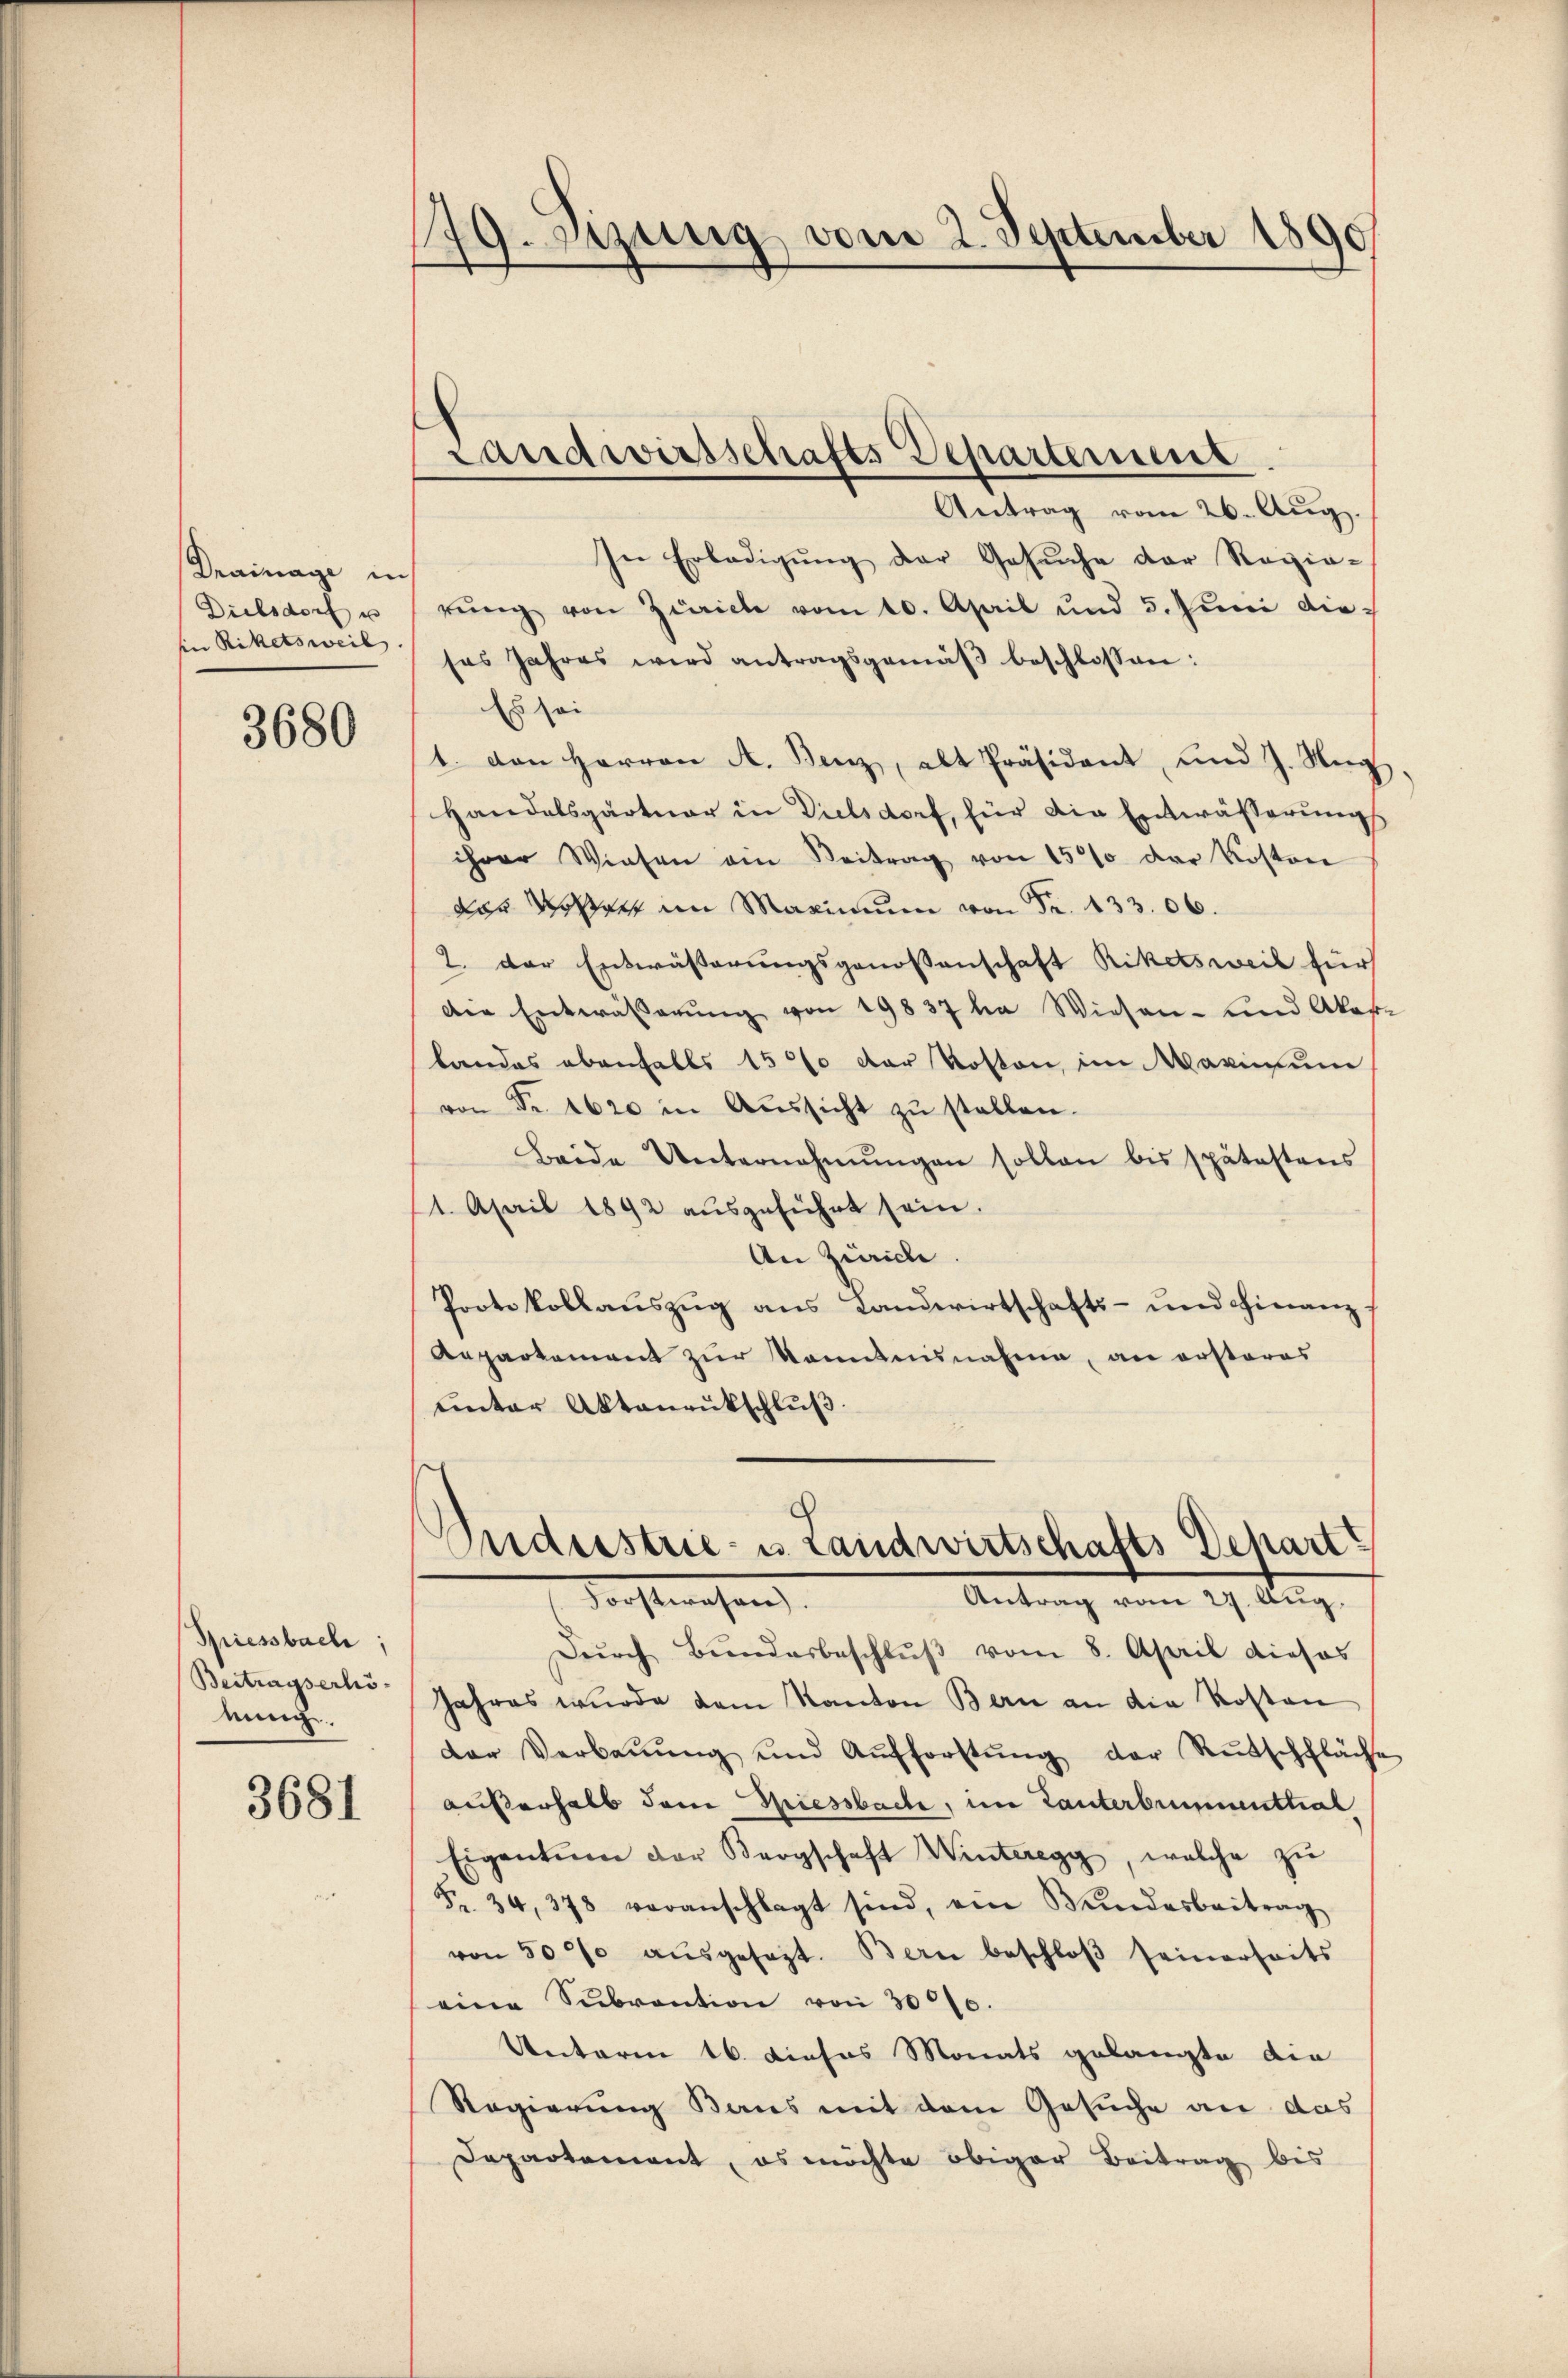
Drainage in
Dielsdorf u
in Riketsweil

3680

Spiessbach;
Beitragserhönung.

3681

79. Dizung vom 2. September 1890
f

Antrag vom 26. Aŭg.
In Erledigung der Gesuche der Regie-
rŭng von Zürich vom 10. April und 5. Jŭni die
sas Jahres wird antragsgemäβ beschlossen:
Es sei
1. von Herren A. Benz, alt Präsident, und J. Weg,
Handelsgärtner in Vielsdorf, für die Entwässerungs
ihrer Wiesen ein Beitrag von 1500 der Kosten
dor Vorrer im Maximum von Fr. 133. 06.
2. Der Entwässerungsgenossenschaft Riketsweil für
der Entwässerŭng von 19837 ha Wiesen- und Akade
landes ebenfalls 15% der Roston, im Maximum
von Fr. 1620 in Aussicht zu stellen.
Beide Unternehmungen sollen bis spätestens
1. April 1892 aŭsgeführt sein.
An Zürich.
Protokollauszug aus Landwirtschafts- und Finanz¬
Aepartement zur Kenntnisnahme, an ersteres
ŭnter Aktenrütschlŭβ

Landwirtschäfts Departement

Sndustrie- u. Landwirtschafts Depart?
dorstwesen
Antrag vom 27. Aug.

Dŭrch Bŭndesbeschlŭβ vom 8. April dieses
Jahres wurde dem Kanton Bern an die Kosten
der Verbaŭŭng und Aŭfforstŭng der Rŭtschfläche
außerhalb dem Giessbache, im Tanterbrunnenthal
Eigentum der Bergschaft Winteregg, welche zŭ
Fr. 34, 378 veranschlagt sind, ein Wundesbeitrag
von 500 aŭsgesezt. Bern beschloβ seinerseits
eine Subvention von 3000.
Unterm 16. dieses Monats gelangte die
Regierung Baus mit dem Gesuche an das
Departement, es möchte obiger Beitrag bis